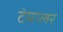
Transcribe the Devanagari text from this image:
टेमप्लर